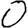
Digit: 0